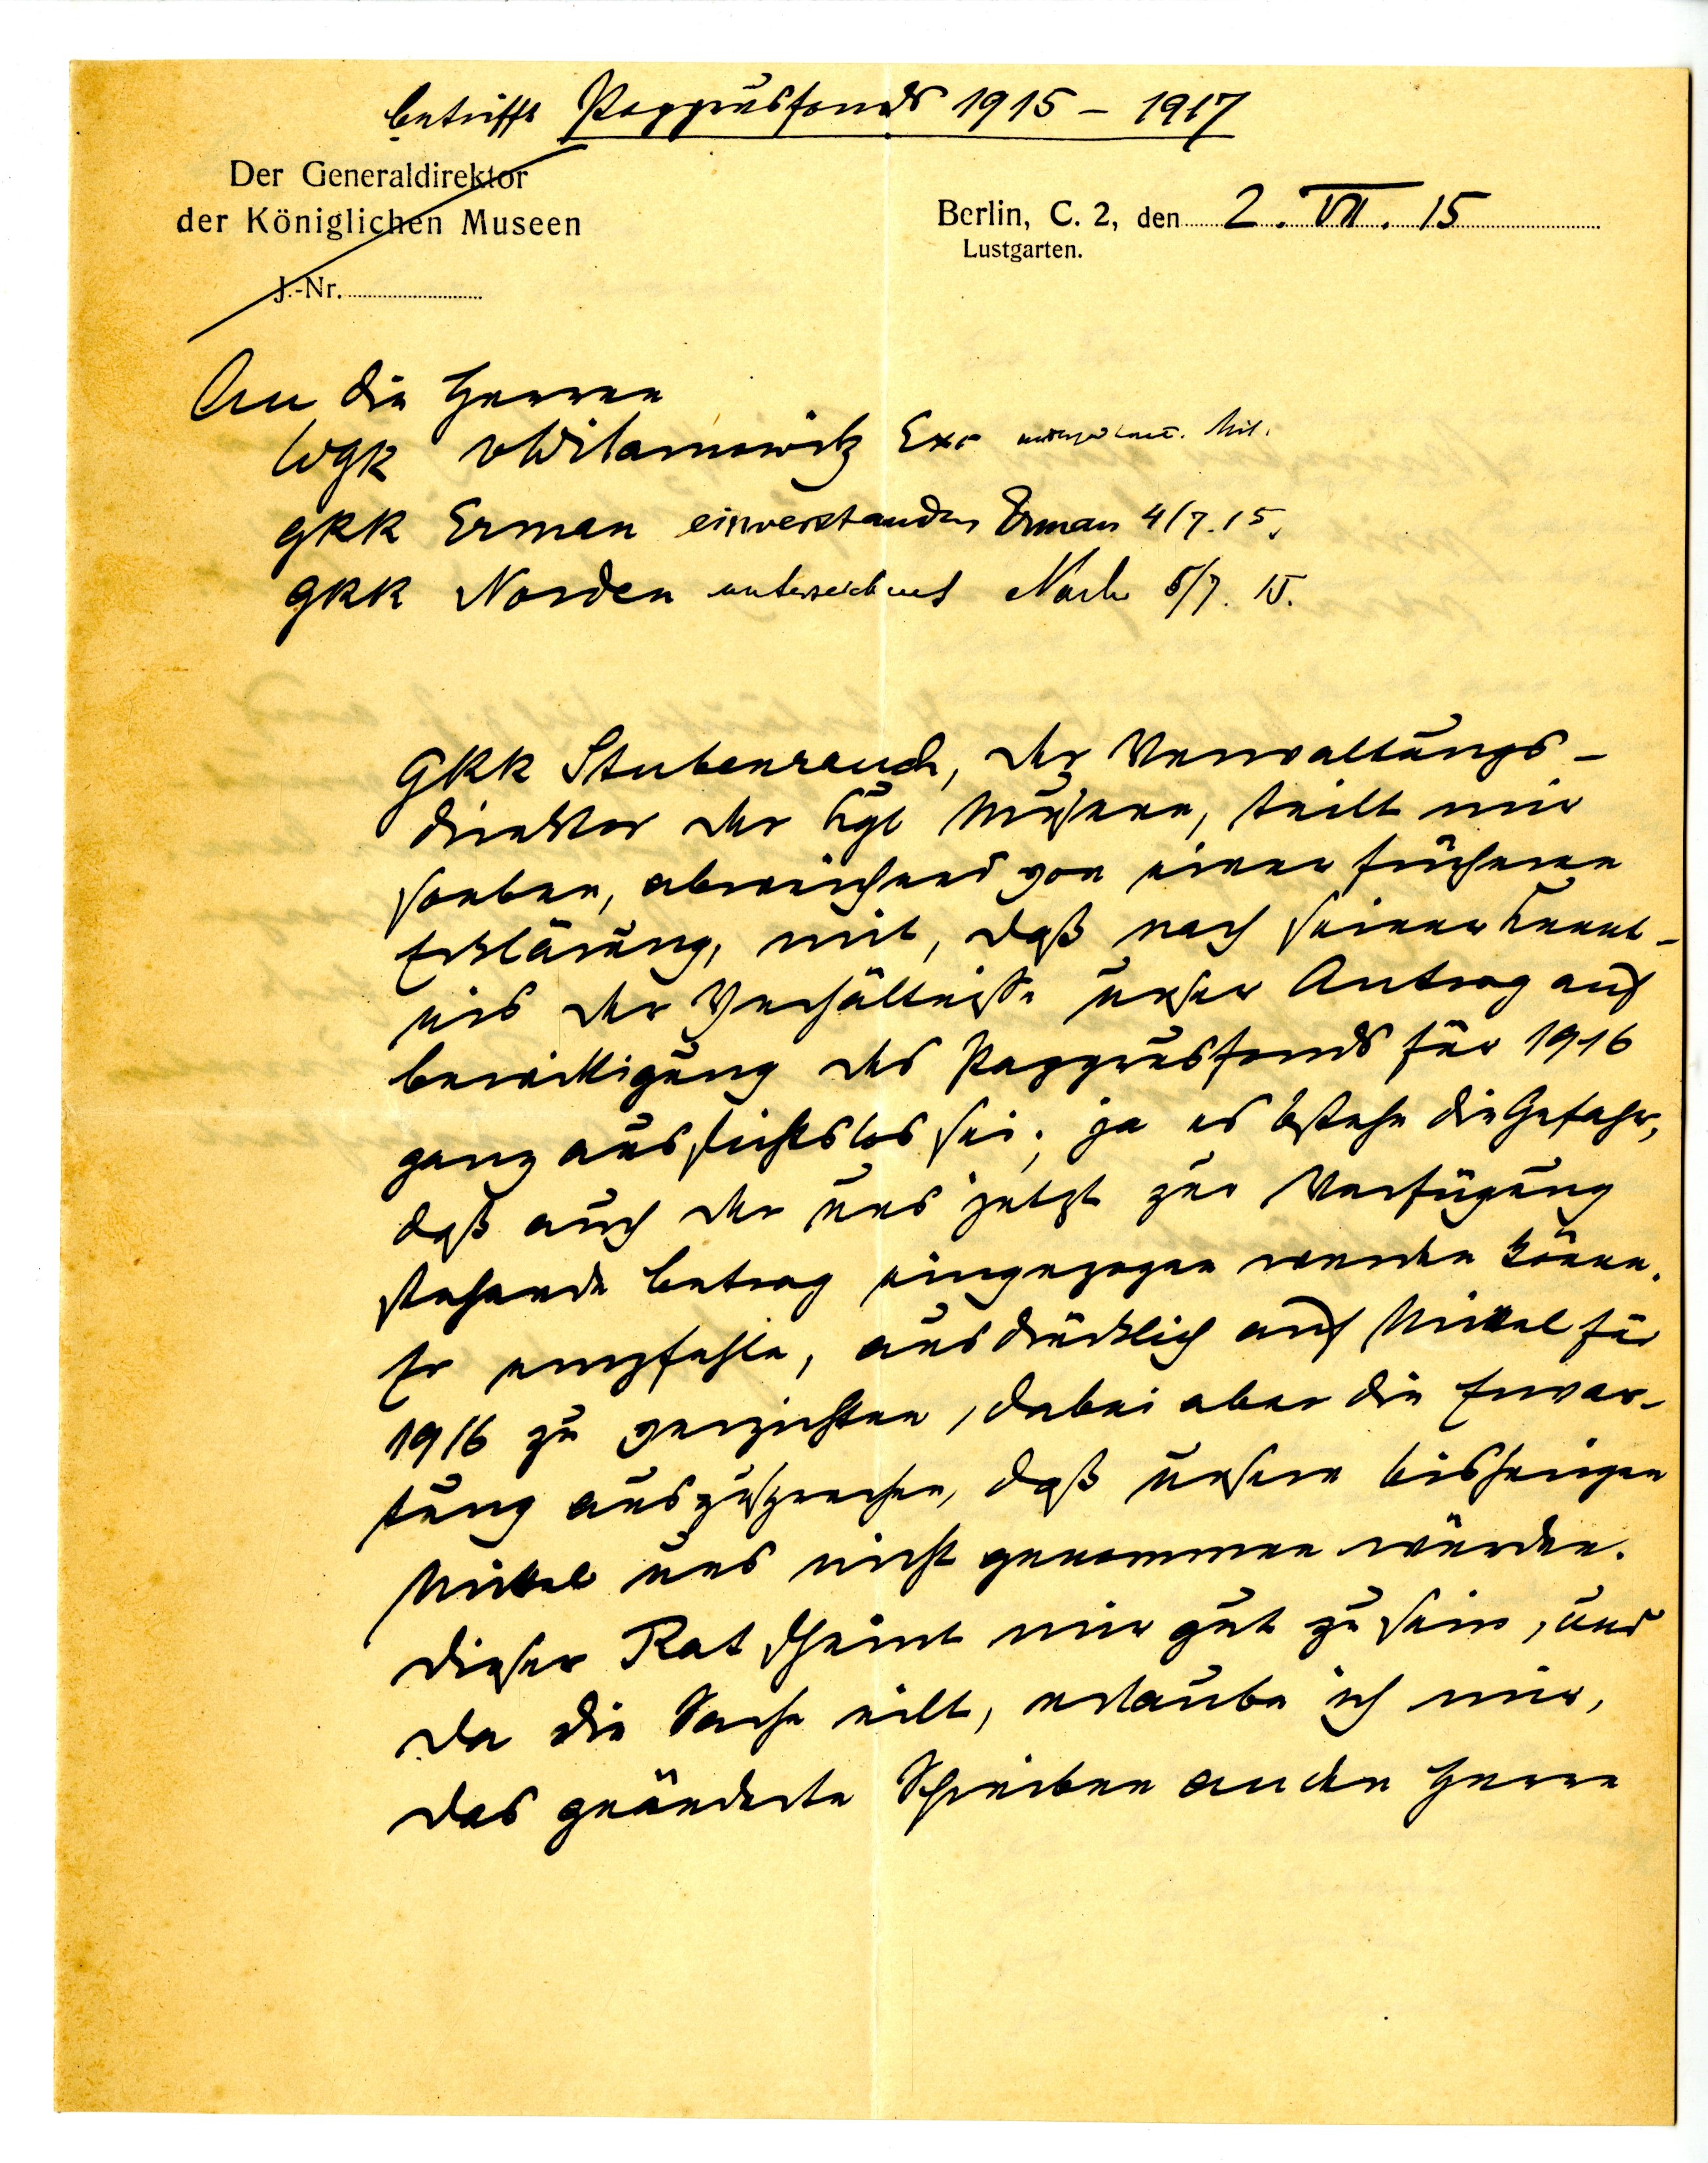
betrifft Papyrusfonds 1915-1917
Berlin, C.2, den 2. VII.15
der Königlichen Museen
Berlin, C. 2, den 2.VII.15
Lustgarten.
J.-Nr.
An die Herren
WgR Wilamowitz Exc
GRR Erman
GRR Norden
GRR Stubenrauch, der Verwaltungs¬
direktor der Kgl. Museen, teilt mir
soeben, abweichend von einer früheren
Erklärung, mit, daß nach seiner Kennt¬
nis der Verhältnisse unser Antrag auf
Bewilligung des Papyrusfonds für 1916
ganz aussichtslos sei; ja es bestehe die Gefahr,
daß auch der uns jetzt zur Verfügung
stehende Betrag eingezogen werden könne.
Er empfehle, ausdrücklich auf Mittel für
1916 zu verzichten, dabei aber die Erwar¬
tung auszusprechen,daß unsere bisherigen
Mittel uns nicht genommen würden.
Dieser Rat scheint mir gut zu sein, und
da die Sache eilt, erlaube ich mir,
das geänderte Schreiben an den Herrn